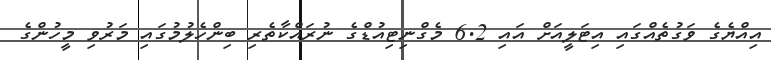
އިއްޔެގެ ވަގުތެއްގައި އިޓަލީއަށް އައި 6.2 މެގްނިޓިއުޑްގެ ނުރައްކާތެރި ބިންހެލުމުގައި މަރުވި މީހުންގެ